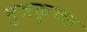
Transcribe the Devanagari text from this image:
मुत्रकृच्छ